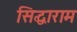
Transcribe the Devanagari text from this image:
सिद्धाराम